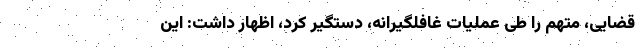
قضایی، متهم را طی عملیات غافلگیرانه، دستگیر کرد، اظهار داشت: این